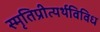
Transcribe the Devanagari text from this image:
स्मृतिप्रीत्यर्थविविध